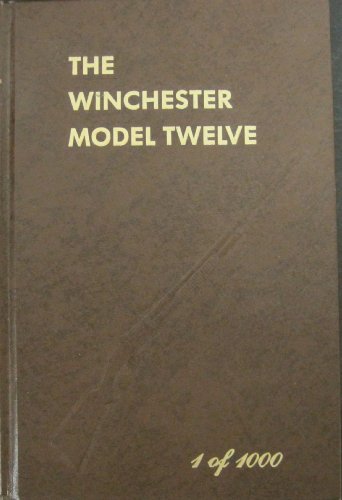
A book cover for Winchester Model Twelve; George Madis; Crafts, Hobbies & Home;